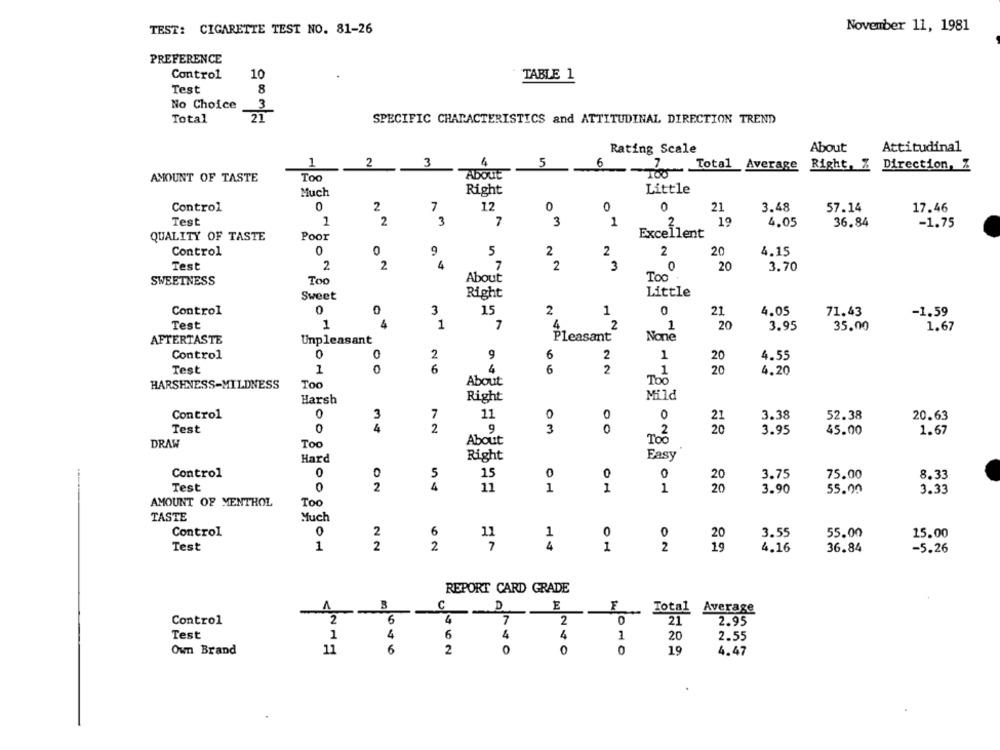
TEST: CIGARETTE TEST NO. 81-26
November 11, 1981
PREFERENCE
Control
10
TABLE 1
Test
8
No Choice
3
Total
21
SPECIFIC CHARACTERISTICS and ATTITUDINAL DIRECTION TREND
Rating Scale
About
Attitudinal
1
2
3
4
5
6
Total Average
Right, Z Direction, Z
AMOUNT OF TASTE
Too
About
Much
Right
Little
Control
0
2
7
12
0
0
21
3.48
57.14
17.46
Test
2
3
7
3
1
2.
19
4.05
36.84
-1.75
Excellent
QUALITY OF TASTE
Poor
Control
0
0
9
5
2
2
2
20
4.15
Test
2
2
4
7
2
3
20
3.70
About
Too
SWEETNESS
Too
Little
Sweet
Right
Control
0
0
3
15
2
1
0
21
4.05
71.43
-1.59
Test
1
1
7
4.
2
1
20
3.95
35.00
1.67
Pleasant
AFTERTASTE
Unpleasant
0
Control
0
2
9
6
2
1
20
4.55
1
6
1
Test
6
2
20
4.20
Too
About
Too
HARSHNESS-MILDNESS
Right
Mild
Harsh
Control
0
3
7
11
0
0
0
3.38
52.38
20.63
0
4
2
9
Test
3
0
. 2
3.95
45.00
1.67
DRAW
Too
About
Too
Right
Easy
Hard
Control
0
0
O
5
15
0
0
20
3.75
75.00
8.33
Test
0
2
11
1
1
1
20
3.90
55.00
3.33
AMOUNT OF MENTHOL
Too
TASTE
Much
Control
2
6
1
0
3.55
55.00
15.00
11
20
Test
1
2
2
7
4
1
2
19
4.16
36.84
-5.26
REPORT CARD GRADE
A
B
C
E
F
Total Average
Control
2
6
7
2
21
2.95
Test
1
6
4
1
20
2.55
Own Brand
11
6
2
0
C
19
4.47